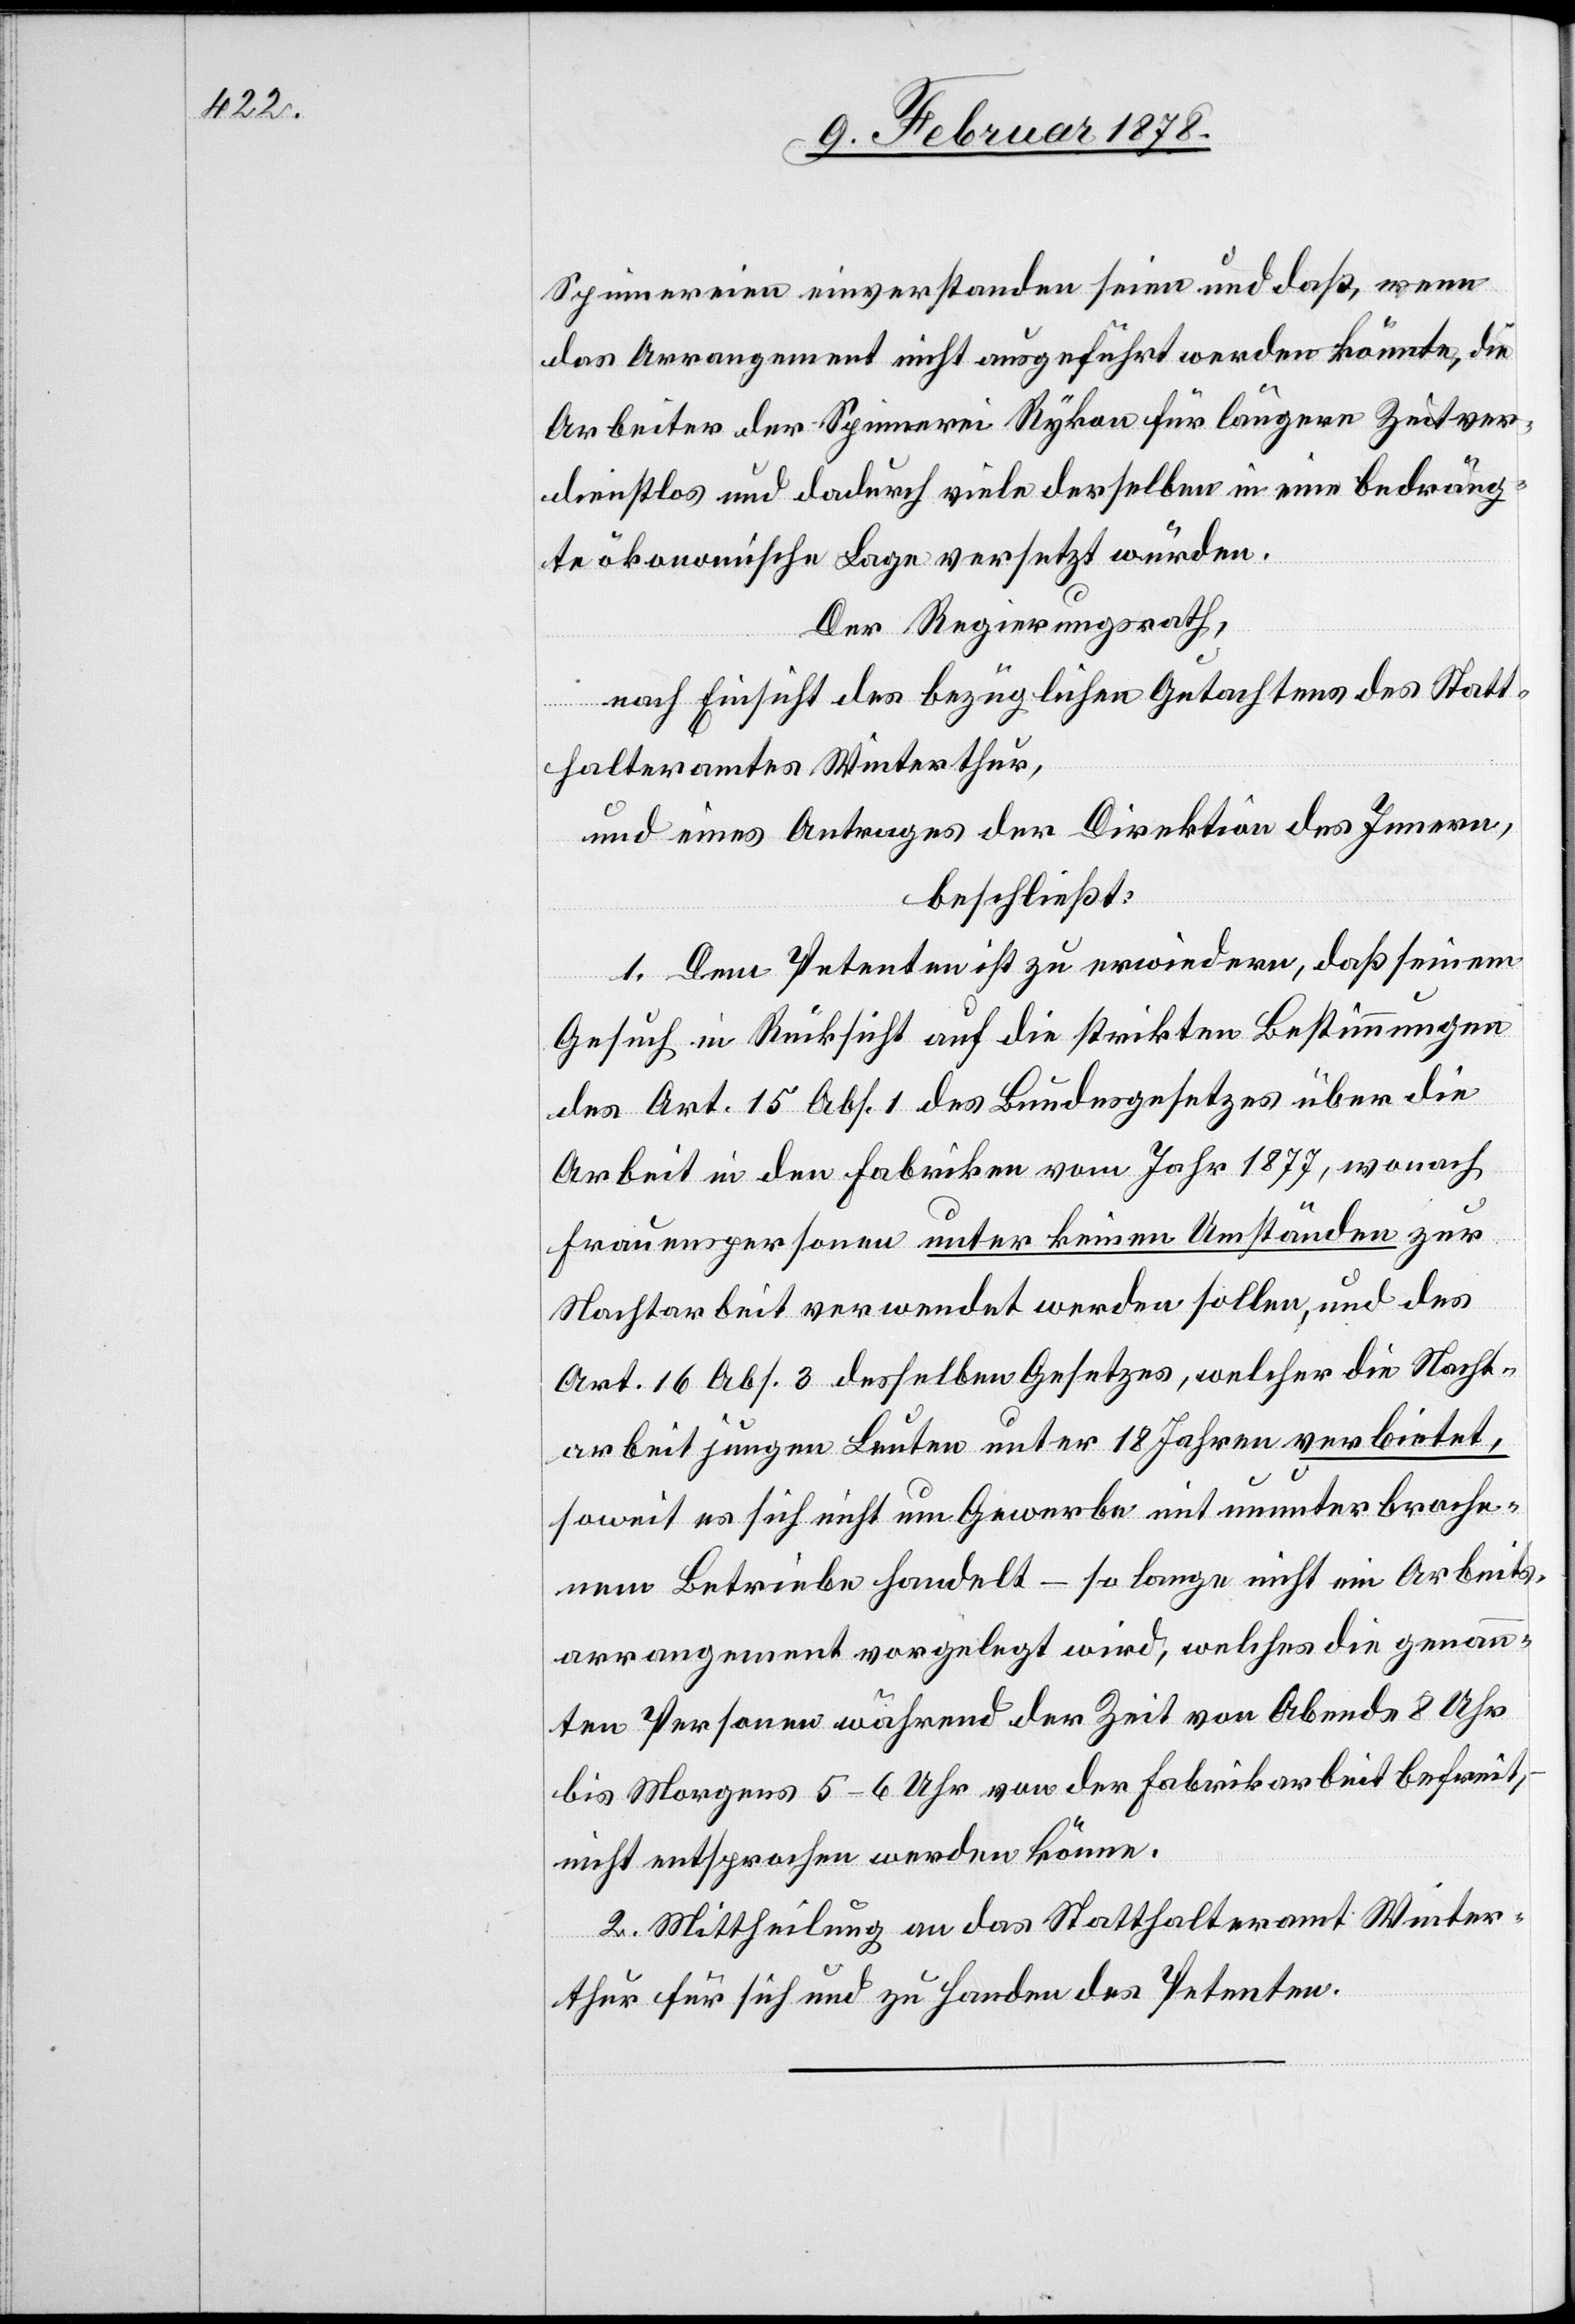
Spinnereien einverstanden seien und daß, wenn
das Arrangement nicht ausgeführt werden könnte, die
Arbeiter der Spinnerei Rykon für längere Zeit ver¬
dienstlos und dadurch viele derselben in eine bedräng¬
te ökonomische Lage versetzt würden.
Der Regierungsrath,
nach Einsicht des bezüglichen Gutachtens des Statt¬
halteramtes Winterthur,
und eines Antrages der Direktion des Innern,
beschließt:
1. Dem Petenten ist zu erwiedern, daß seinem
Gesuch in Rücksicht auf die strikten Bestimmungen
des Art. 15 Abs. 1 des Bundesgesetzes über die
Arbeit in den Fabriken vom Jahr 1877, wonach
Frauenspersonen unter keinen Umständen zur
Nachtarbeit verwendet werden sollen, und des
Art. 16 Abs. 3 desselben Gesetzes, welcher die Nacht¬
arbeit jungen Leuten unter 18 Jahren verbietet,
soweit es sich nicht um Gewerbe mit ununterbroche¬
nem Betriebe handelt – so lange nicht ein Arbeits¬
arrangement vorgelegt wird, welches die genann¬
ten Personen während der Zeit von Abends 8 Uhr
bis Morgens 5–6 Uhr von der Fabrikarbeit befreit,
nicht entsprochen werden könne.
2. Mittheilung an das Statthalteramt Winter¬
thur für sich und zu Handen des Petenten.